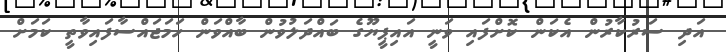
އަދި ސަރުކާރުން އެކަން ކޮށްފައި ވަނީ އައިޕީޔޫގެ ބައްދަލުވުން ބާއްވަން ހަމަޖައްސާފައިވާތީ ކަމަށް